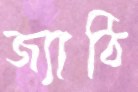
জ্যাঠি